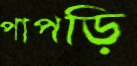
পাপড়ি